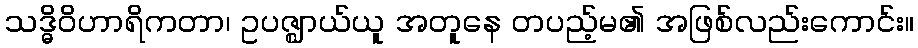
သဒ္ဓိဝိဟာရိကတာ၊ ဥပဇ္ဈာယ်ယူ အတူနေ တပည့်မ၏ အဖြစ်လည်းကောင်း။